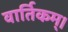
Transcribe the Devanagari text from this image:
वार्तिकम्।